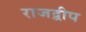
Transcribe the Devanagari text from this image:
राजद्वीप